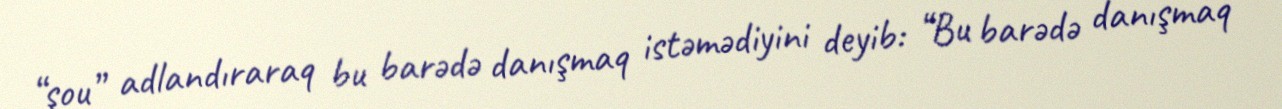
“şou” adlandıraraq bu barədə danışmaq istəmədiyini deyib: “Bu barədə danışmaq